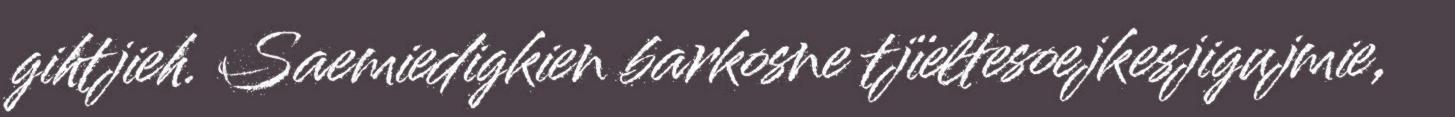
gihtjieh. Saemiedigkien barkosne tjïeltesoejkesjigujmie,